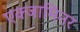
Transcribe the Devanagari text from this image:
एक्जामिनर